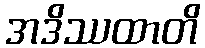
အဒိဿထာတိ